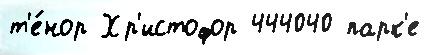
т'е́нор Хр'истофор 444040 парк'е